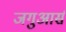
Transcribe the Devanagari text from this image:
जगुआर्स